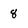
Character: 8